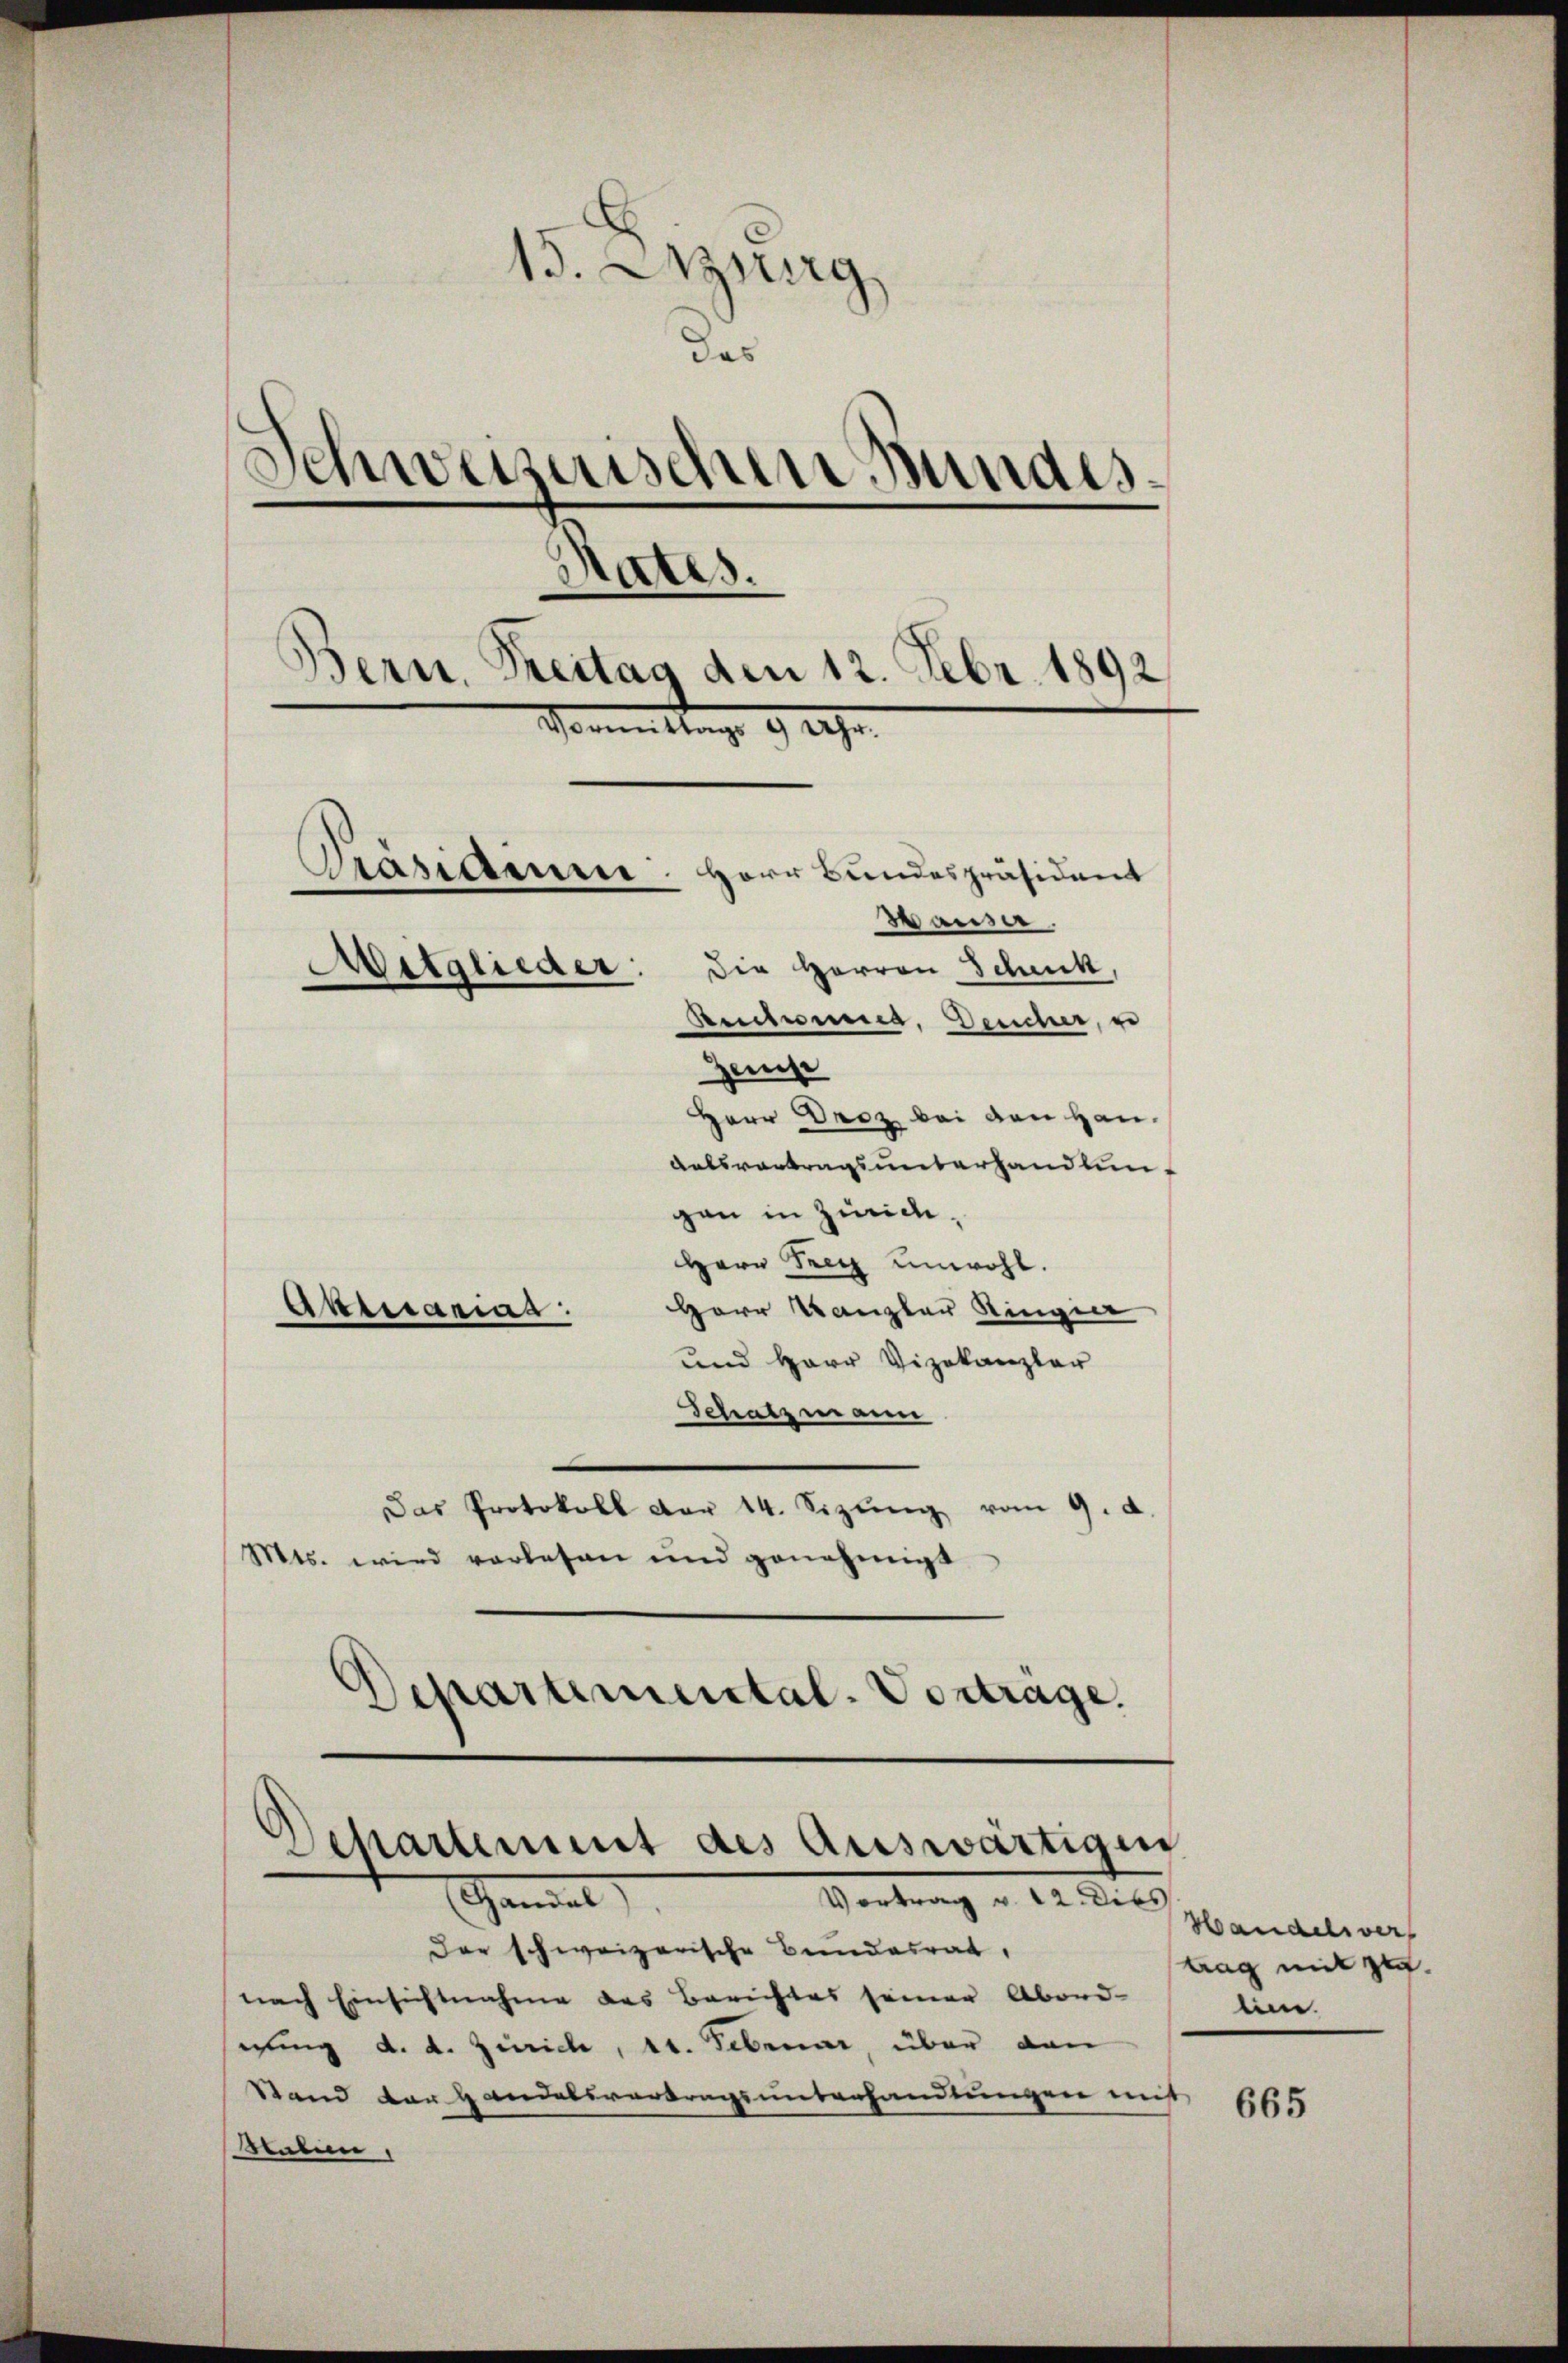
15. Azurg
das
Schweizerischen Bundesd
tates.
Bern, Freitag den 12. Febr. 1892
Vormittags 9 Uhr.
Stasiamm. Herr Bundespräsident
Hauser,
Mitglieder: die Herren Schick,
Rentmunes, Deucher,
Zeise
Herr Droz bei den Han¬
Ratsvertragsunterhandlungen in Züric¬
Herr Frey unwohl.
Herr Kanzler Ringier
Akerariar

und Herr Vizekanzler
Schatzmann
Das Protokoll der 14. Sizŭng vom 9. d
Mts. wird vorlesen und genehmigt
Departemental-Vortrage.

d
Separtement des Auswärtigen
shandel
Vortrag v. 12 dies

der schweizerische Bundesrat,
nach Einsichtnahme des Berichtes seiner Abord-
wing d. d. Zürich, St. Februar, über dan
Stand der Handelsvertragsunterhandlungen nicht
aten,

Handelsver
trag mit zu
en.

665